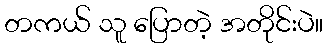
တကယ် သူ ပြောတဲ့ အတိုင်းပဲ။